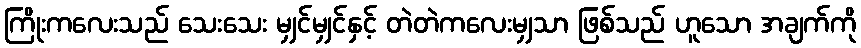
ကြိုးကလေးသည် သေးသေး မျှင်မျှင်နှင့် တဲတဲကလေးမျှသာ ဖြစ်သည် ဟူသော အချက်ကို